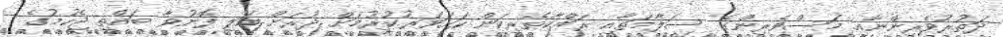
ދަތުރުވެރިންނާއި މަސްވެރިންގެ ސަލާމަތާއި ރައްކާތެރިކަން ކަށަވަރުކުރުމަށް ދުރަށް އަލި ފޮނުވާ ބައްތި ޖެހުމުގެ